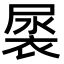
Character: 𮖎